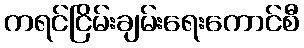
ကရင်ငြိမ်းချမ်းရေးကောင်စီ